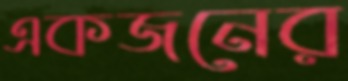
একজনের